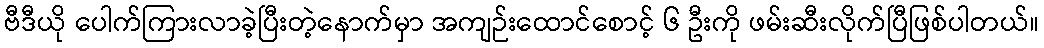
ဗီဒီယို ပေါက်ကြားလာခဲ့ပြီးတဲ့နောက်မှာ အကျဉ်းထောင်စောင့် ၆ ဦးကို ဖမ်းဆီးလိုက်ပြီဖြစ်ပါတယ်။